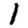
Digit: 1